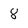
Character: 8